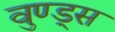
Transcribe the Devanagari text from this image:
वुण्ड्स